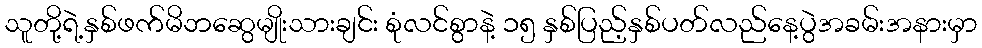
သူတို့ရဲ့နှစ်ဖက်မိဘဆွေမျိုးသားချင်း စုံလင်စွာနဲ့ ၁၅ နှစ်ပြည့်နှစ်ပတ်လည်နေ့ပွဲအခမ်းအနားမှာ